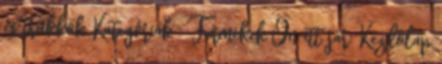
és trükkök Kategóriák Termékek Ön itt jár: Kezdőlap